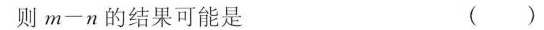
则$$m - n$$的结果可能是 ( )